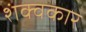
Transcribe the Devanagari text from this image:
शंक्वकार